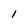
Character: I